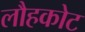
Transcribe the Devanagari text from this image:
लौहकोट